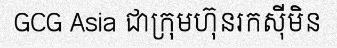
GCG Asia ជាក្រុមហ៊ុនរកស៊ីមិន